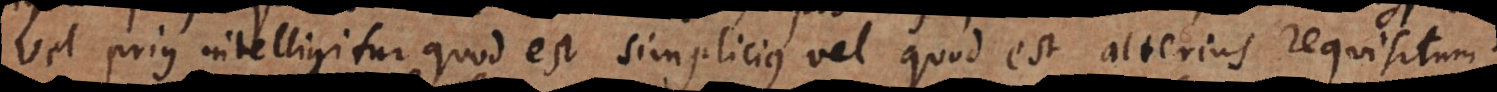
Vel prius intelligitur quod est simplicius vel quod est alterius requisitum.